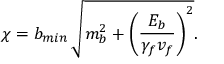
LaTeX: \chi = b _ { m i n } \, \sqrt { m _ { b } ^ { 2 } + \left( \frac { E _ { b } } { \gamma _ { f } v _ { f } } \right) ^ { 2 } } .